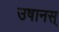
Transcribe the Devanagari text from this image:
उषानस्‌